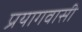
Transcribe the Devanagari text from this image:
प्रयागवासी